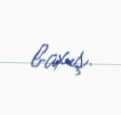
baxış.